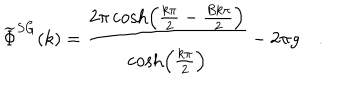
\widetilde { \Phi } ^ { S G } ( k ) = \frac { 2 \pi \cosh \left( \frac { k \pi } { 2 } - \frac { B k \pi } { 2 } \right) } { \cosh \left( \frac { k \pi } { 2 } \right) } - 2 \pi g \quad .